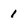
Character: 1